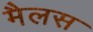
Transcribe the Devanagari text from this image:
मैलस